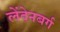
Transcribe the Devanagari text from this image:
लेंदेनबर्ग